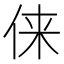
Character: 俫